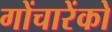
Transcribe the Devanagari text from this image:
गोंचारेंको